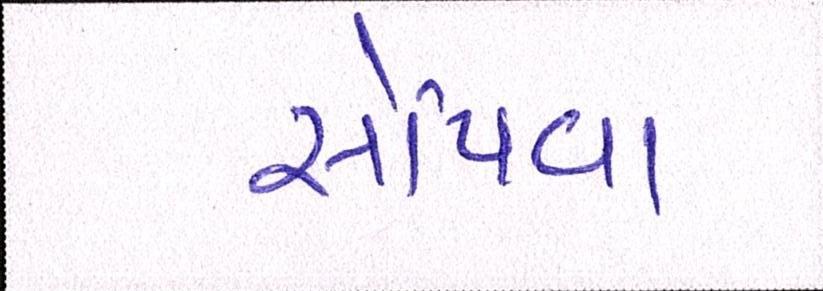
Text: સોંપવા